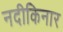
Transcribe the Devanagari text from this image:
नदीकिनार